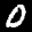
Label: 0